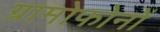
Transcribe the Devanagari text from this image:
ग्रामोफोनों